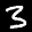
Label: 3